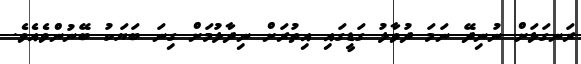
ރަނގަޅަށް ނުނިދޭ ނަމަ ދުވާލު ގަޑީގައި އިތުރަށް ނިދާލުމަށް ގިނަ ބަޔަކު ބޭނުންވެއެވެ.